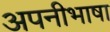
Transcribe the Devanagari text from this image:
अपनीभाषा